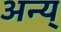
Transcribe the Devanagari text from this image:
अन्य्